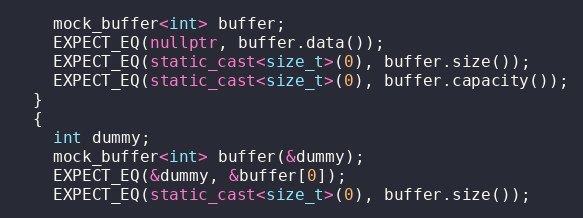
Language: C++
    mock_buffer<int> buffer;
    EXPECT_EQ(nullptr, buffer.data());
    EXPECT_EQ(static_cast<size_t>(0), buffer.size());
    EXPECT_EQ(static_cast<size_t>(0), buffer.capacity());
  }
  {
    int dummy;
    mock_buffer<int> buffer(&dummy);
    EXPECT_EQ(&dummy, &buffer[0]);
    EXPECT_EQ(static_cast<size_t>(0), buffer.size());